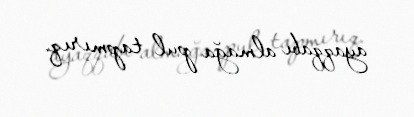
ayaqqabı almağa pul tapmırıq.